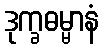
ဒုက္ခဓမ္မာနံ